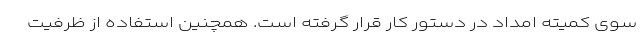
سوی کمیته امداد در دستور کار قرار گرفته است. همچنین استفاده از ظرفیت